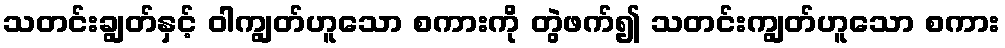
သတင်းချွတ်နှင့် ဝါကျွတ်ဟူသော စကားကို တွဲဖက်၍ သတင်းကျွတ်ဟူသော စကား